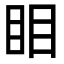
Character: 䀠